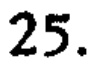
25